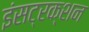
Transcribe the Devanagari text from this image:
इंसट्रक्शन